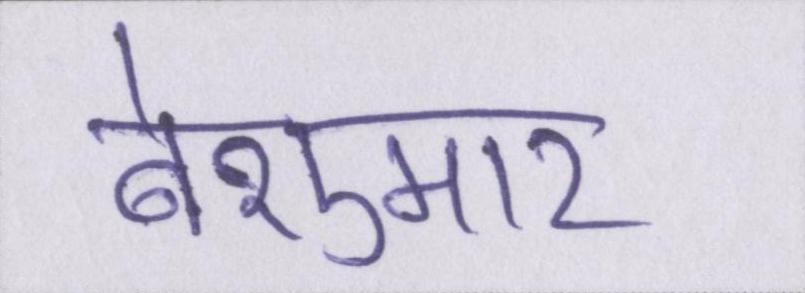
बेशुमार